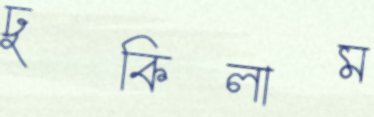
ঢুকিলাম